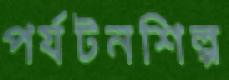
পর্যটনশিল্প